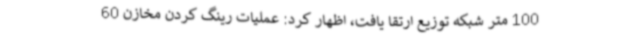
100 متر شبکه توزیع ارتقا یافت، اظهار کرد: عملیات رینگ کردن مخازن 60